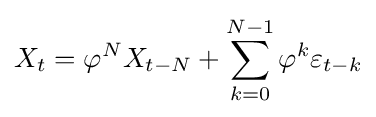
X_{t}=\varphi ^{N}X_{t-N}+\sum _{k=0}^{N-1}\varphi ^{k}\varepsilon _{t-k}